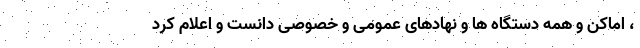
، اماکن و همه دستگاه ها و نهادهای عمومی و خصوصی دانست و اعلام کرد